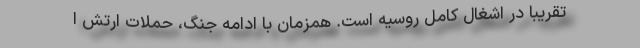
تقریبا در اشغال کامل روسیه است. همزمان با ادامه جنگ، حملات ارتش ا